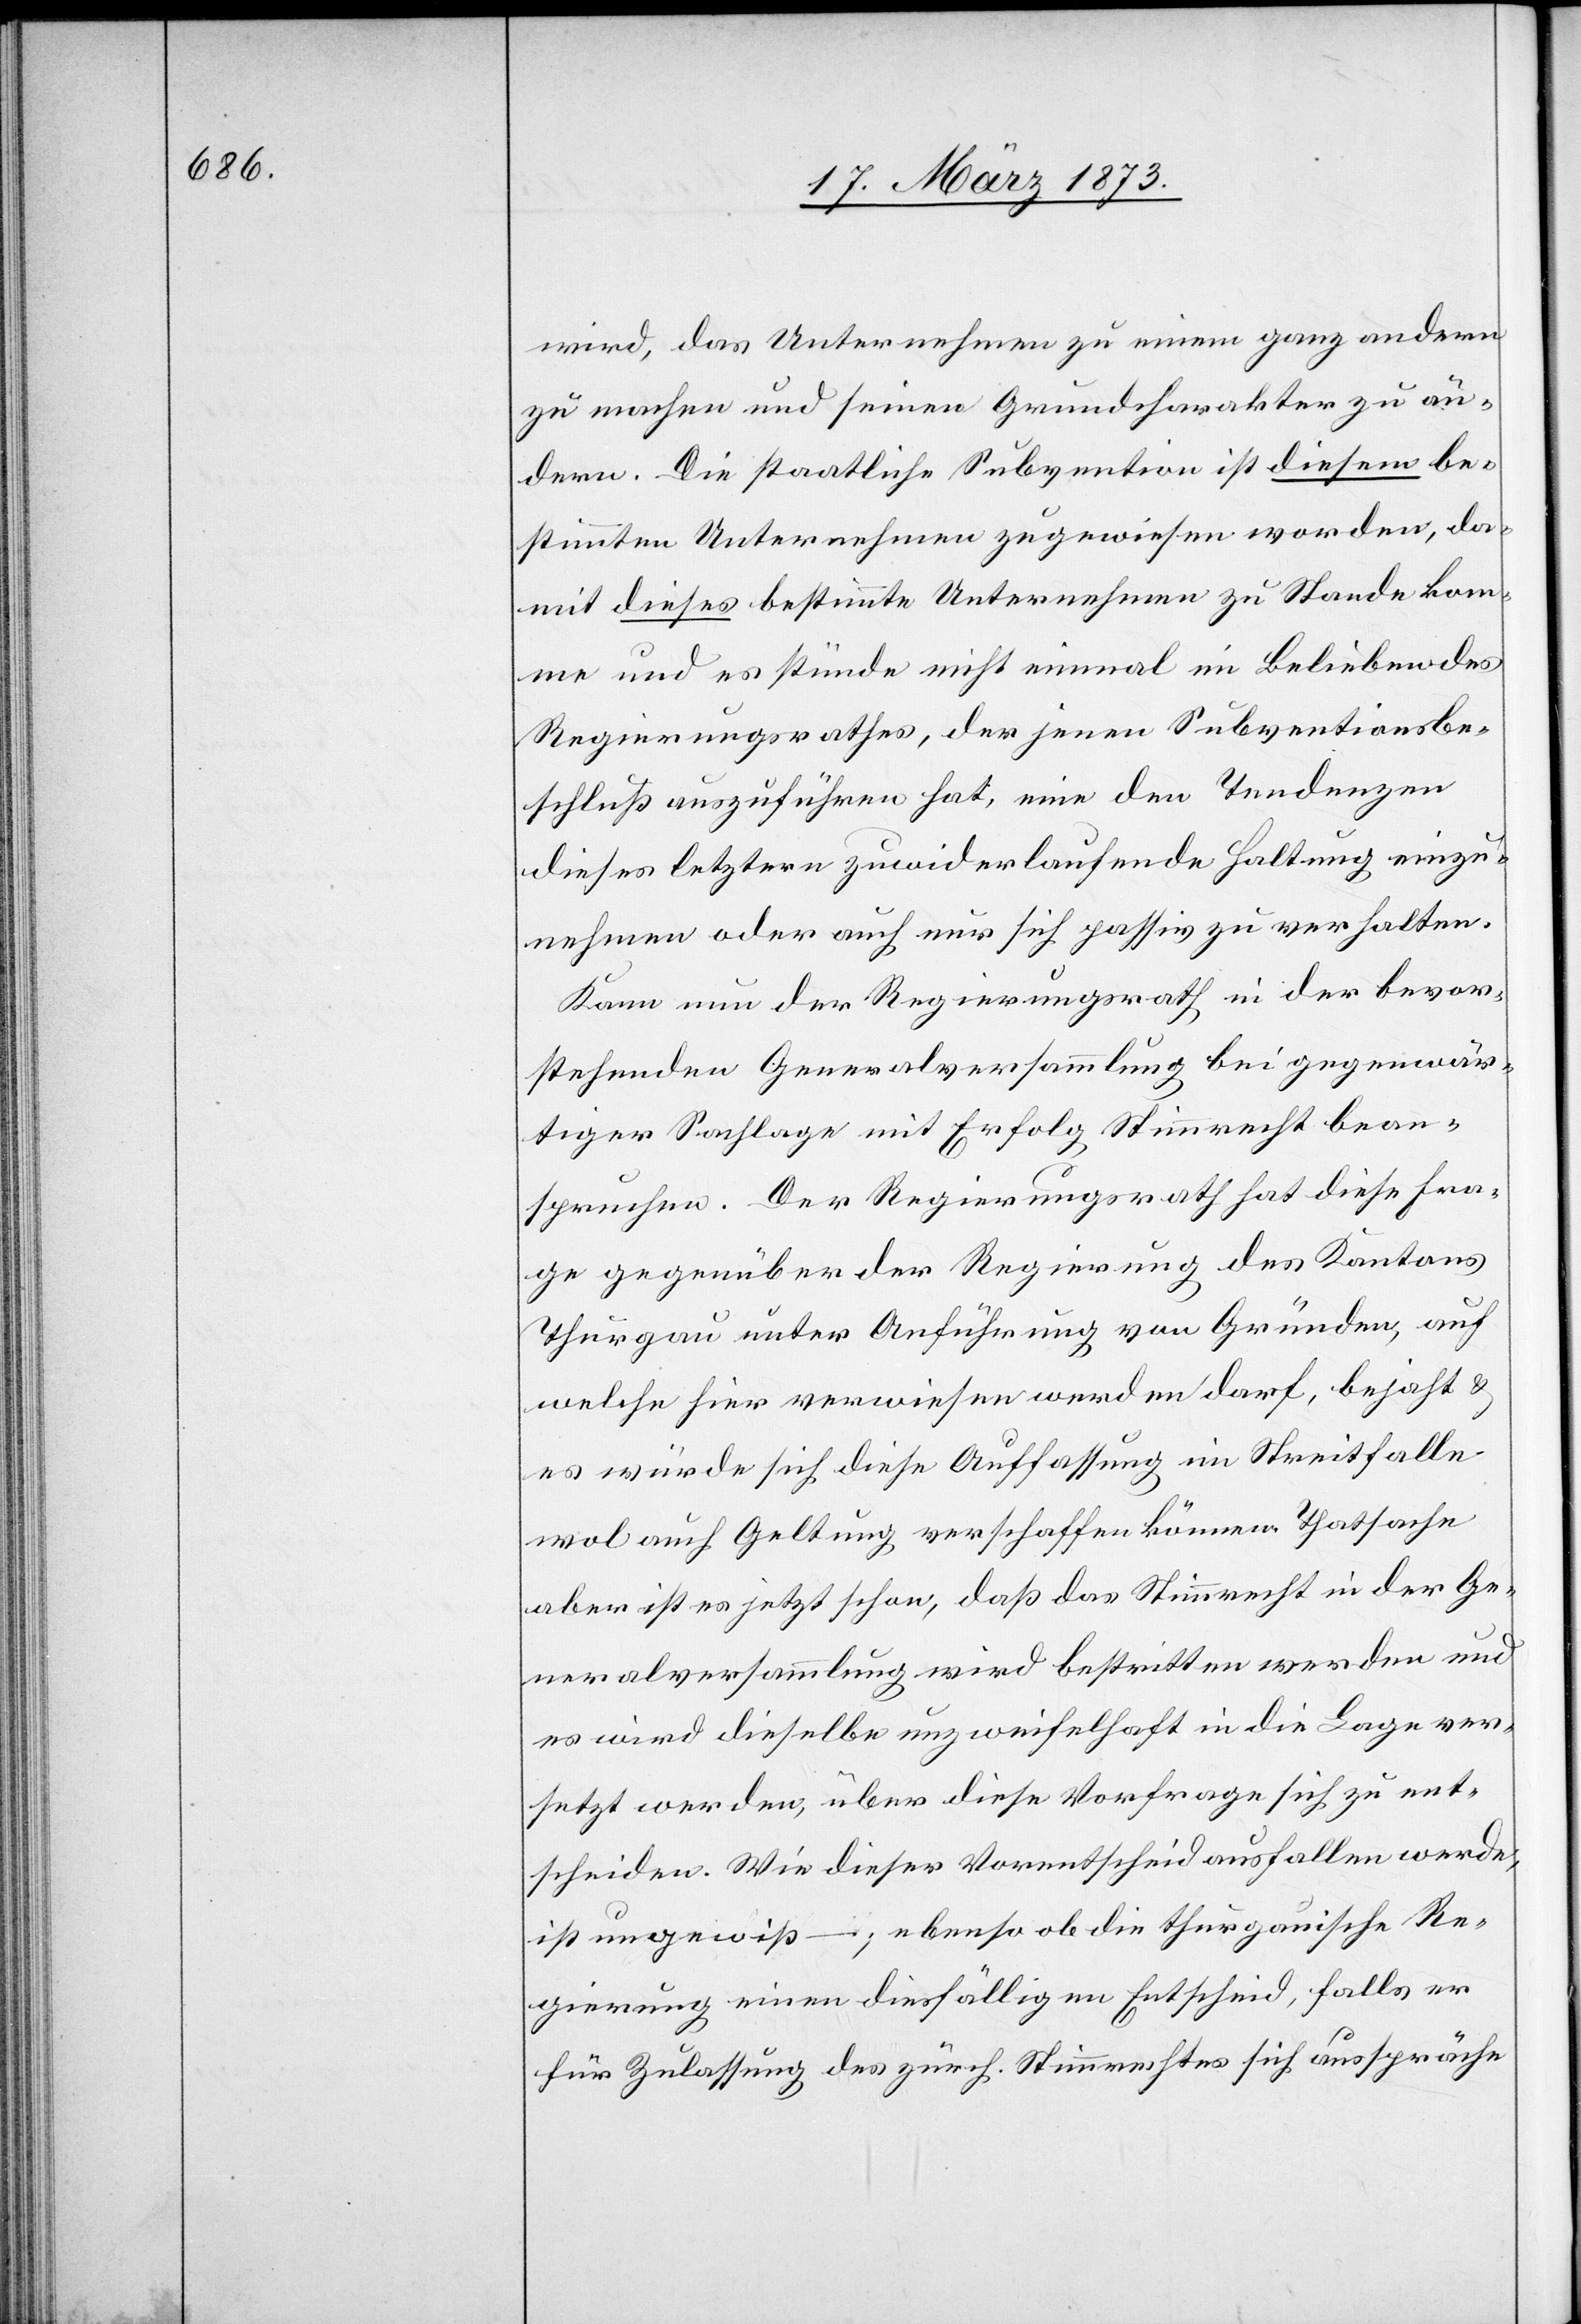
wird, das Unternehmen zu einem ganz andern
zu machen und seinen Grundcharakter zu än¬
dern. Die staatliche Subvention ist diesem be¬
stimmten Unternehmen zugewiesen worden, da¬
mit dieses bestimmte Unternehmen zu Stande kom¬
me und es stünde nicht einmal im Belieben des
Regierungsrathes, der jenen Subventionsbe¬
schluß auszuführen hat, eine den Tendenzen
dieses letztern zuwiderlaufende Haltung einzu¬
nehmen oder auch nur sich passiv zu verhalten.
Kann nun der Regierungsrath in der bevor¬
stehenden Generalversammlung bei gegenwär¬
tiger Sachlage mit Erfolg Stimmrecht bean¬
spruchen. Der Regierungsrath hat diese Fra¬
ge gegenüber der Regierung des Kantons
Thurgau unter Anführung von Gründen, auf
welche hier verwiesen werden darf, bejaht u.
es würde sich diese Auffassung im Streitfalle
wol auch Geltung verschaffen können. Thatsache
aber ist es jetzt schon, daß das Stimmrecht in der Ge¬
neralversammlung wird bestritten werden und
es wird dieselbe unzweifelhaft in die Lage ver¬
setzt werden, über diese Vorfrage sich zu ent¬
scheiden. Wie dieser Vorentscheid ausfallen werde,
ist ungewiß –; ebenso ob die thurgauische Re¬
gierung einen diesfälligen Entscheid, falls er
für Zulassung des zürch. Stimmrechtes sich ausspräche